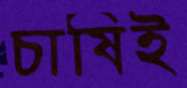
চাষিই